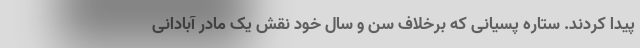
پیدا کردند. ستاره پسیانی که برخلاف سن و سال خود نقش یک مادر آبادانی